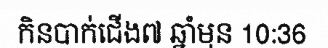
កិនបាក់ជើង៧ ឆ្នាំមុន 10:36